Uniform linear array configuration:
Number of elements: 8
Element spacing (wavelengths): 0.5
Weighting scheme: blackman
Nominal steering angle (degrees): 15
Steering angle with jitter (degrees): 15.966
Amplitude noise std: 0.05
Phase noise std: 0.05

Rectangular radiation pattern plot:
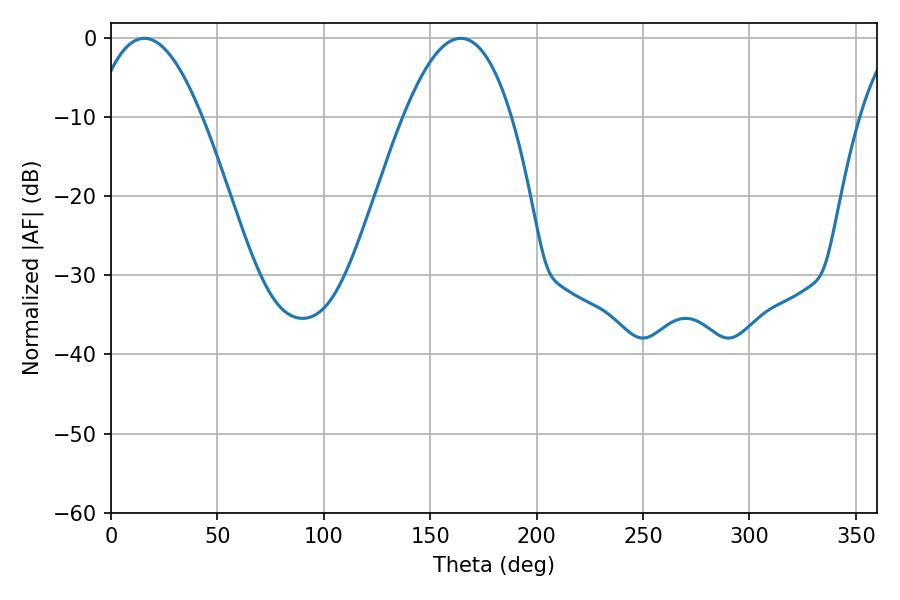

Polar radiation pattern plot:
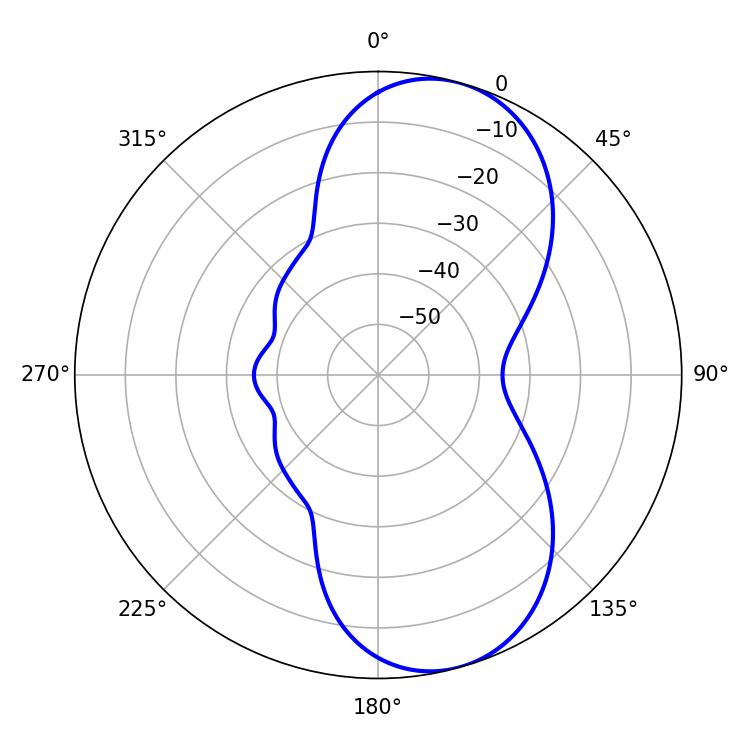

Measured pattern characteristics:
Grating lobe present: FALSE
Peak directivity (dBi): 8.318
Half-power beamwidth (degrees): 27.9
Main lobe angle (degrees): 164.34